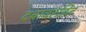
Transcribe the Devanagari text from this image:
दबावरहित